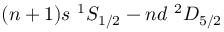
( n + 1 ) s ~ { } ^ { 1 } S _ { 1 / 2 } - n d ~ { } ^ { 2 } D _ { 5 / 2 }